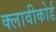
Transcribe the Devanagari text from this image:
क्लावीकोर्ड